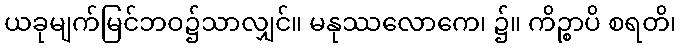
ယခုမျက်မြင်ဘဝ၌သာလျှင်။ မနုဿလောကေ၊ ၌။ ကိဉ္စာပိ စရတိ၊